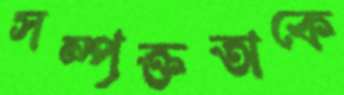
সম্পৃক্ততাকে